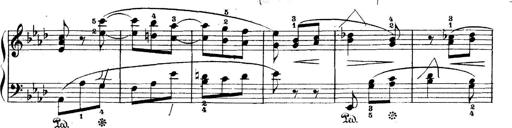
Title: 5 Sonatinas
Composer: Theodor Kirchner